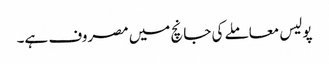
پولیس معاملے کی جانچ میں مصروف ہے۔